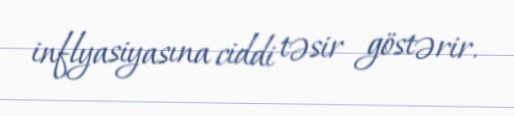
inflyasiyasına ciddi təsir göstərir.